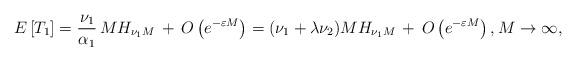
LaTeX: \begin{align*}E\left[T_1\right] = \frac{\nu_1}{\alpha_1} \, M H_{\nu_1 M} \, + \, O\left(e^{-\varepsilon M}\right)= (\nu_1 + \lambda \nu_2) M H_{\nu_1 M} \, + \, O\left(e^{-\varepsilon M}\right),M \to \infty,\end{align*}